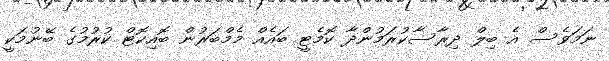
ނަމަވެސް އެ ބިލް ދިރާސާކުރަމުންދާ ކޮމެޓީ ބައެއް މެމްބަރުން ބޮއިކޮޓް ކުރުމުގެ ބޭނުމަކީ